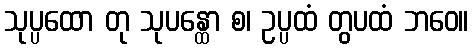
သုပ္ပထော တု သုပန္ထော စ၊ ဥပ္ပထံ တွပထံ ဘဝေ။